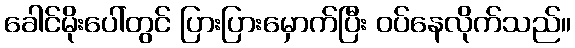
ခေါင်မိုးပေါ်တွင် ပြားပြားမှောက်ပြီး ဝပ်နေလိုက်သည်။